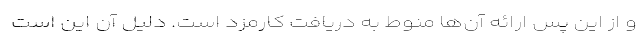
و از این پس ارائه آن‌ها منوط به دریافت کارمزد است. دلیل آن این است